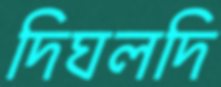
দিঘলদি